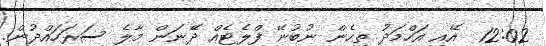
12:02  އޭއި އަހްމަދު ތިހެން ނުބުނޭ ފްލެޓެއް ދޭނަން މާލެ ސަރަހައްދުން.